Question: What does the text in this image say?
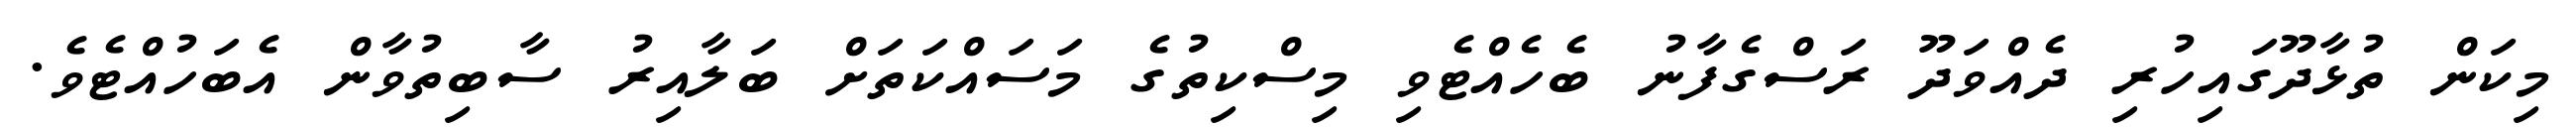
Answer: މިކަން ތުޅާދޫގައިހުރި ދެއްވަދޫ ރަސްގެފާނު ބެހެއްޓެވި މިސްކިތުގެ މަސައްކަތަށް ބަލާއިރު ސާބިތުވާން އެބަހުއްޓެވެ.